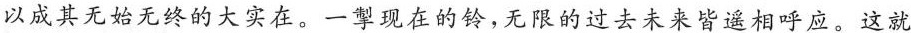
以成其无始无终的大实在。一掣现在的铃，无限的过去未来皆遥相呼应。这就